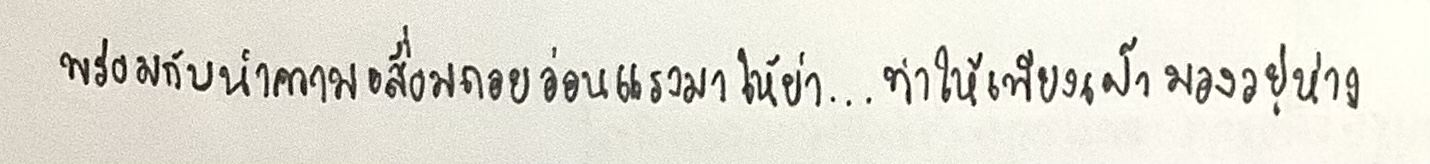
พร้อมกับนำความเสื่อมถอยอ่อนแรงมาให้ย่า...ทำให้เพียงเฝ้ามองอยู่ห่าง